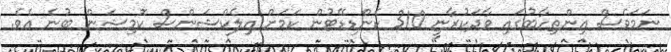
ނަމަވެސް އިންތިހާބުގައި ވާދަކުރާޏީ 310 ކެންޑިޑޭޓުން ކަމަށް އިލެކްޝަންސް ކޮމިޝަން ބުނެ އެވެ.